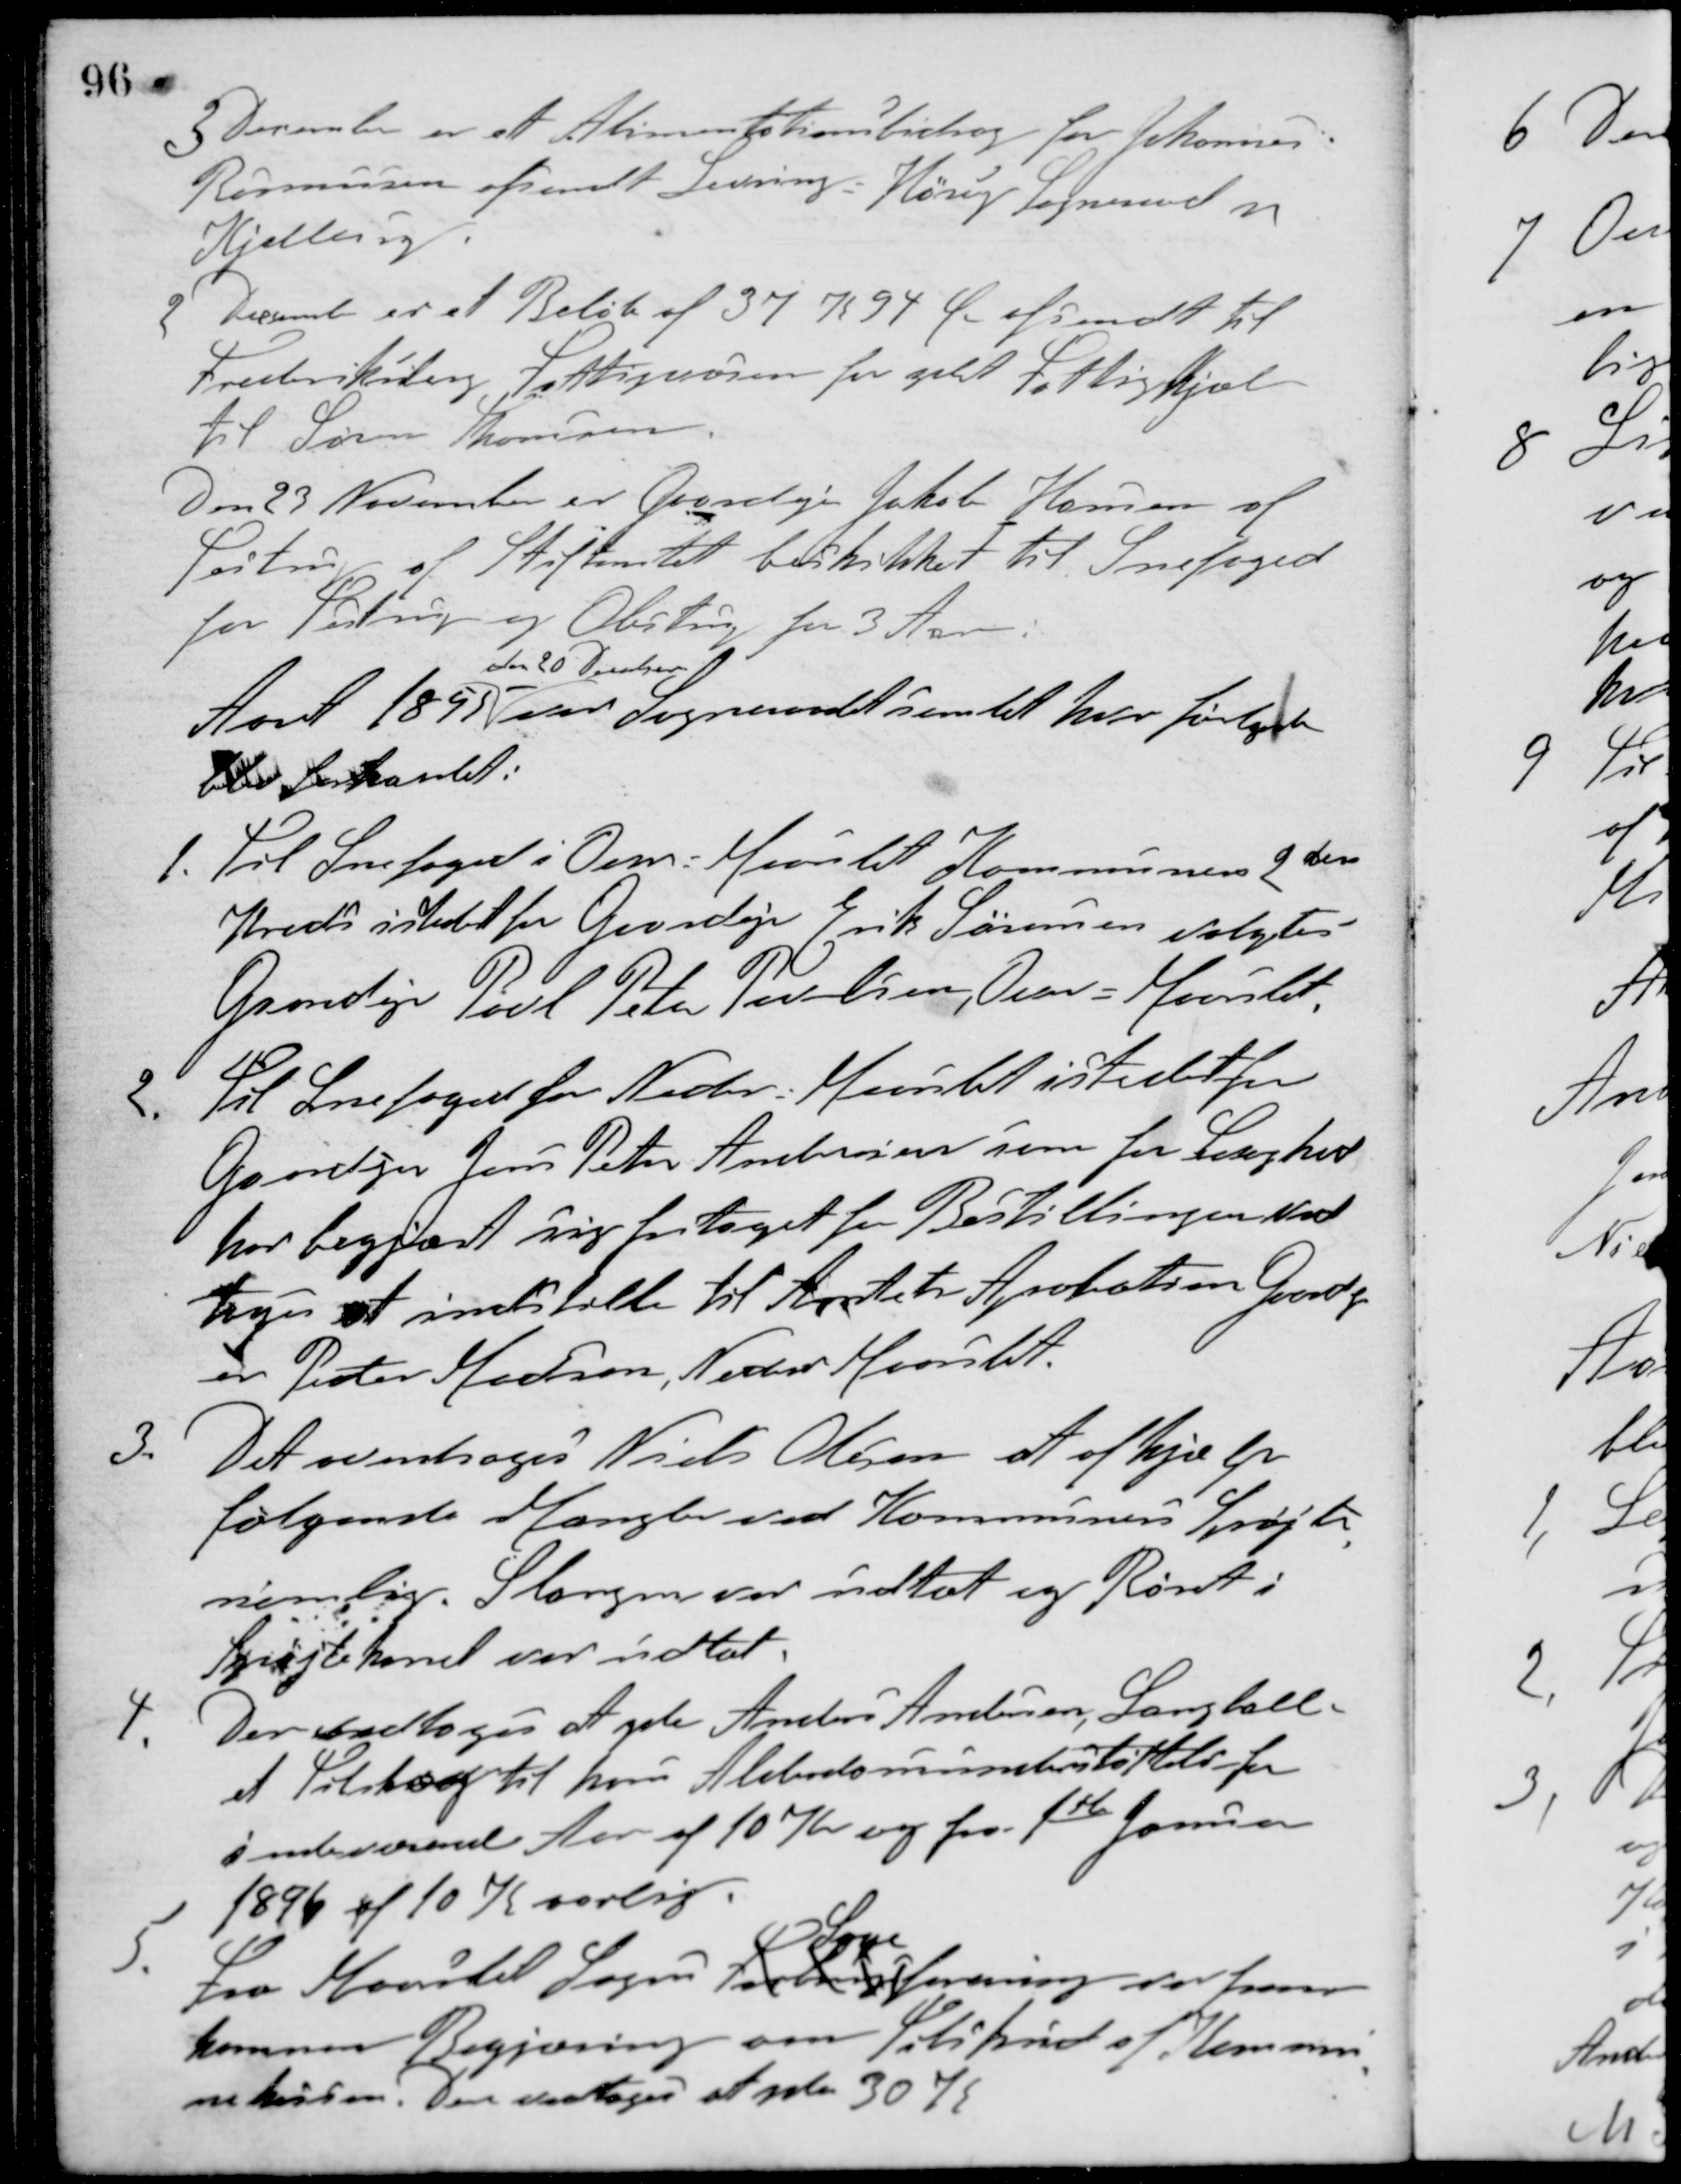
Transskription:
3 December er et Alimentationsbidrag for Johannes
Rasmussen afsendt Levring-Hørup Sogneraad v
Kjellerup.
2 December er et Beløb af 37 K 94 Ør afsendt til
Frederiksberg Fattigvæsen for ydet Fattighjælp
til Søren Thomsen.
Den 23 November er Gaardejer Jakob Hansen af
Testrup af Stiftamtet beskikket til Snefoged
for Testrup og Obstrup for 3 Aar.
Aaret 1895
den 20 December
var sogneraadet samlet hvor følgende
blev forhandlet:
1. Til Snefoged i Over-Maarslet Kommunes 2den
Kreds istedet for Gaardejer Erik Sørensen valgtes
Gaardejer Poul Peter Povlsen, Over-Maarslet.
2. Til Snefoged for Neder-Maarslet istedet for
Gaardejer Jens Peter Andersen som for Svaghed
har begjært sig fritaget for Bestillingen ved-
toges at indstille til Amtets Aprobation Gaardej
er Peter Hansen, Neder Maarslet.
3. Det overdroges Niels Olesen at afhjælpe
følgende Mangler ved Kommunens Sprøjte,
nemlig. Slangen var udtæt og Røret i
Sprøjtekonel var udtæt.
4. Der vedtoges at yde Anders Andersen, Langballe
et Tilskud til hans Alderdomsunderstøttelse for
indeværende Aar af 10 Kr og fra 1ste Januar
1896 af 10 K aarlig.
5. Fra Maarslet Sogns Forbrugs
Syge
forening, var frem-
kommen Begjæring om Tilskud af Kommu-
nekassen. Der vedtoges at yde 30 K